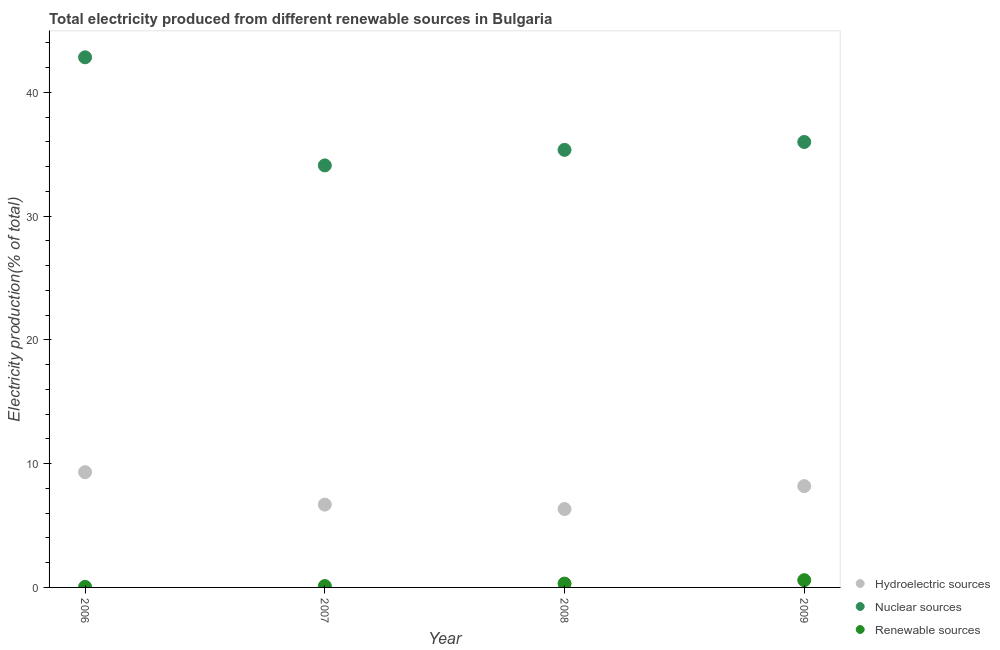
| Year | Hydroelectric sources | Nuclear sources | Renewable sources |
 | --- | --- | --- | --- |
 | 2006 | 9.31 | 42.8 | 0.044 |
 | 2007 | 6.69 | 34.1 | 0.109 |
 | 2008 | 6.33 | 35.4 | 0.31 |
 | 2009 | 8.19 | 36 | 0.585 |